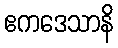
ဧကဒေသာနိ